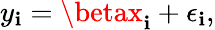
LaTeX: y_{\mathbf{i}}=\betax_{\mathbf{i}}+\epsilon_{\mathbf{i}},